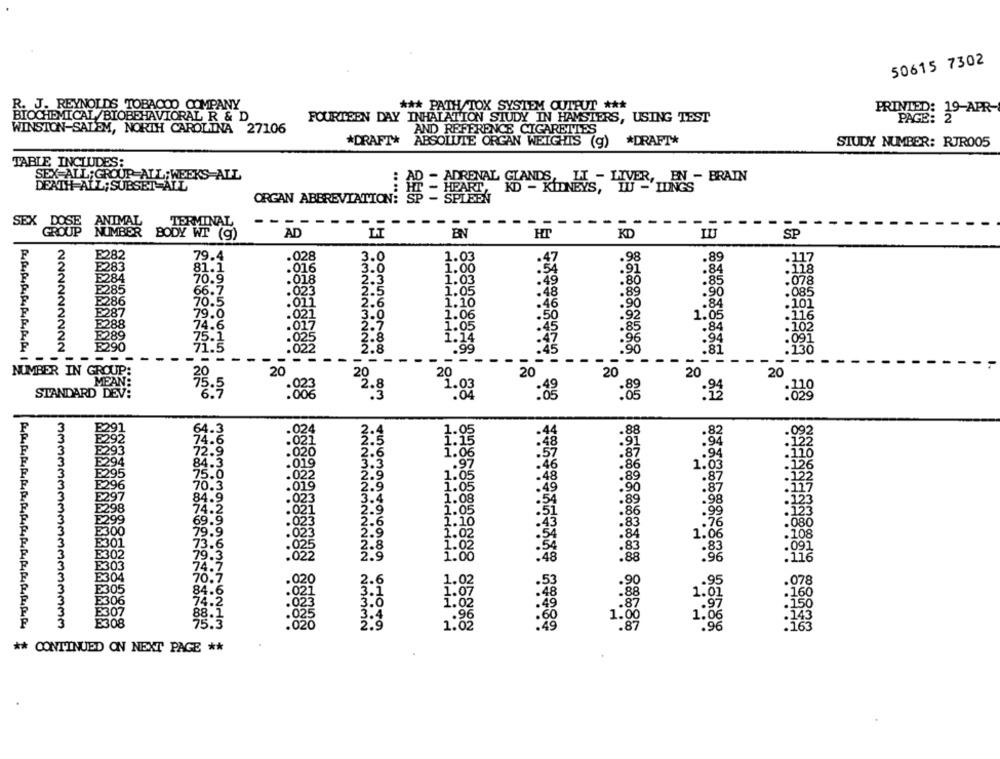
50615 7302
R. J. REYNOLDS TOBACCO COMPANY
*** PATH/TOX SYSTEM OUTPUT ***
PRINTED: 19-APR-
BIOCHEMICAL/BIOBEHAVIORAL R & D
FOURTEEN DAY INHALATION STUDY IN HAMSTERS, USING TEST
PAGE:
WINSTON-SALEM, NORTH CAROLINA 27106
AND REFERENCE CIGARETTES
*DRAFT* ABSOLUTE ORGAN WEIGHTS (g) *DRAFT*
STUDY NUMBER: RJR005
TABLE INCLUDES:
SEX ALL; GROUP ALL; WEEKS-ALL
- ADRENAL GLANDS, IT - LIVER, EN - BRAIN
DEATH ALL; SUBSET ALL
...
ORGAN ABBREVIATION:
SPISEN
SEX
DOSE ANIMAL
TERMINAL
--
--- ----
---
NUMBER
BODY WT (9)
AD
LT
HT
KD
LU
SP
E282
79.4
.028
.117
E283
81.1
.016
.118
E284
70.9
.018
.078
E285
66.7
.023
.085
B286
70.5
.011
.101
E287
79.0
.021
.116
E288
74.6
E289
.102
75.1
.091
222222222
B290
21:5
: 025
-
-
332223222
003560788
888398848
:130
NUMBER IN GROUP:
20
20
20
20
MEAN:
STANDARD DEV:
75.5
22.3
:888
:04
:88
88
:33
:829
WinO iwaiioniowowioaw
.88
8A
87
.94
.116
.126
.86
1.03
.48
.89
.87
.122
.49
90
.87
:117
.89
.98
:12
99
.76
1.06
.108
.83
.091
.48
88
96
.116
304
0.20
.90
95
.078
88
160
02
1.01
87
97
. 150
1.
1.06
:143
333333333333333333
NOMMN
8
96
'16
** CONTINUED ON NEXT PAGE **